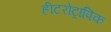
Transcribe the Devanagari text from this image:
हीटरोट्रापिक